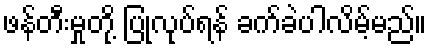
ဖန်တီးမှုတို့ ပြုလုပ်ရန် ခက်ခဲပါလိမ့်မည်။